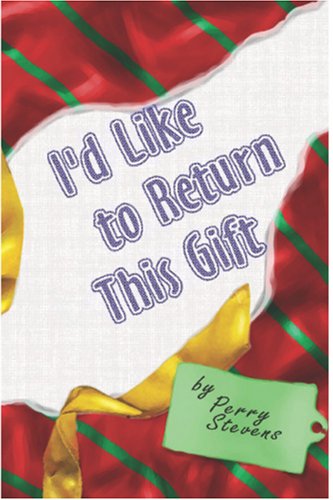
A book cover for I'd Like To Return This Gift; Perry Stevens; Humor & Entertainment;